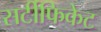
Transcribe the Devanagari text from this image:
सर्टीफिकेट